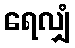
ရေလျှံ